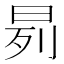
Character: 𬀰